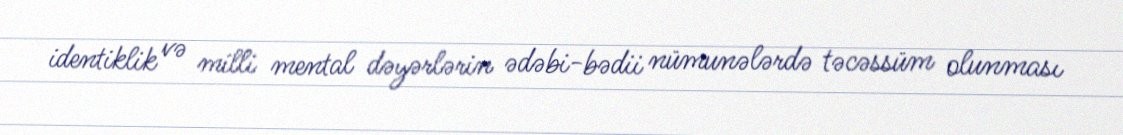
identiklik və milli mental dəyərlərin ədəbi-bədii nümunələrdə təcəssüm olunması